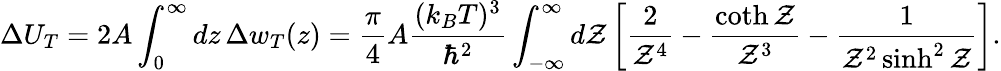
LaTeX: \Delta U_{T}=2A\int_{0}^{\infty}dz\, \Delta w_{T}(z)={\frac{\pi}{4}}A{\frac{(k_{B}T)^{3}}{\hbar^{2}}}\int_{-\infty}^{\infty}d{\cal Z}\left[{\frac{2}{{\cal Z}^{4}}}-{\frac{\coth{\cal Z}}{{\cal Z}^{3}}}-{\frac{1}{{\cal Z}^{2}\sinh^{2}{\cal Z}}}\right].